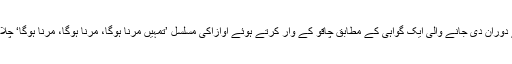
مقدمے کے دوران دی جانے والی ایک گواہی کے مطابق چاقو کے وار کرتے ہوئے اوازاکی مسلسل ’تمہیں مرنا ہوگا، مرنا ہوگا، مرنا ہوگا‘ چلا رہے تھے۔